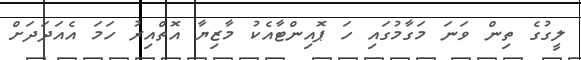
ލީގުގެ ތިން ވަނަ މަގާމުގައި ހަ ޕޮއިންޓާއެކު މާޒިޔާ އޮތްއިރު ހަމަ އެއަދަދަށް